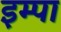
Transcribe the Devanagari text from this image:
इम्पा